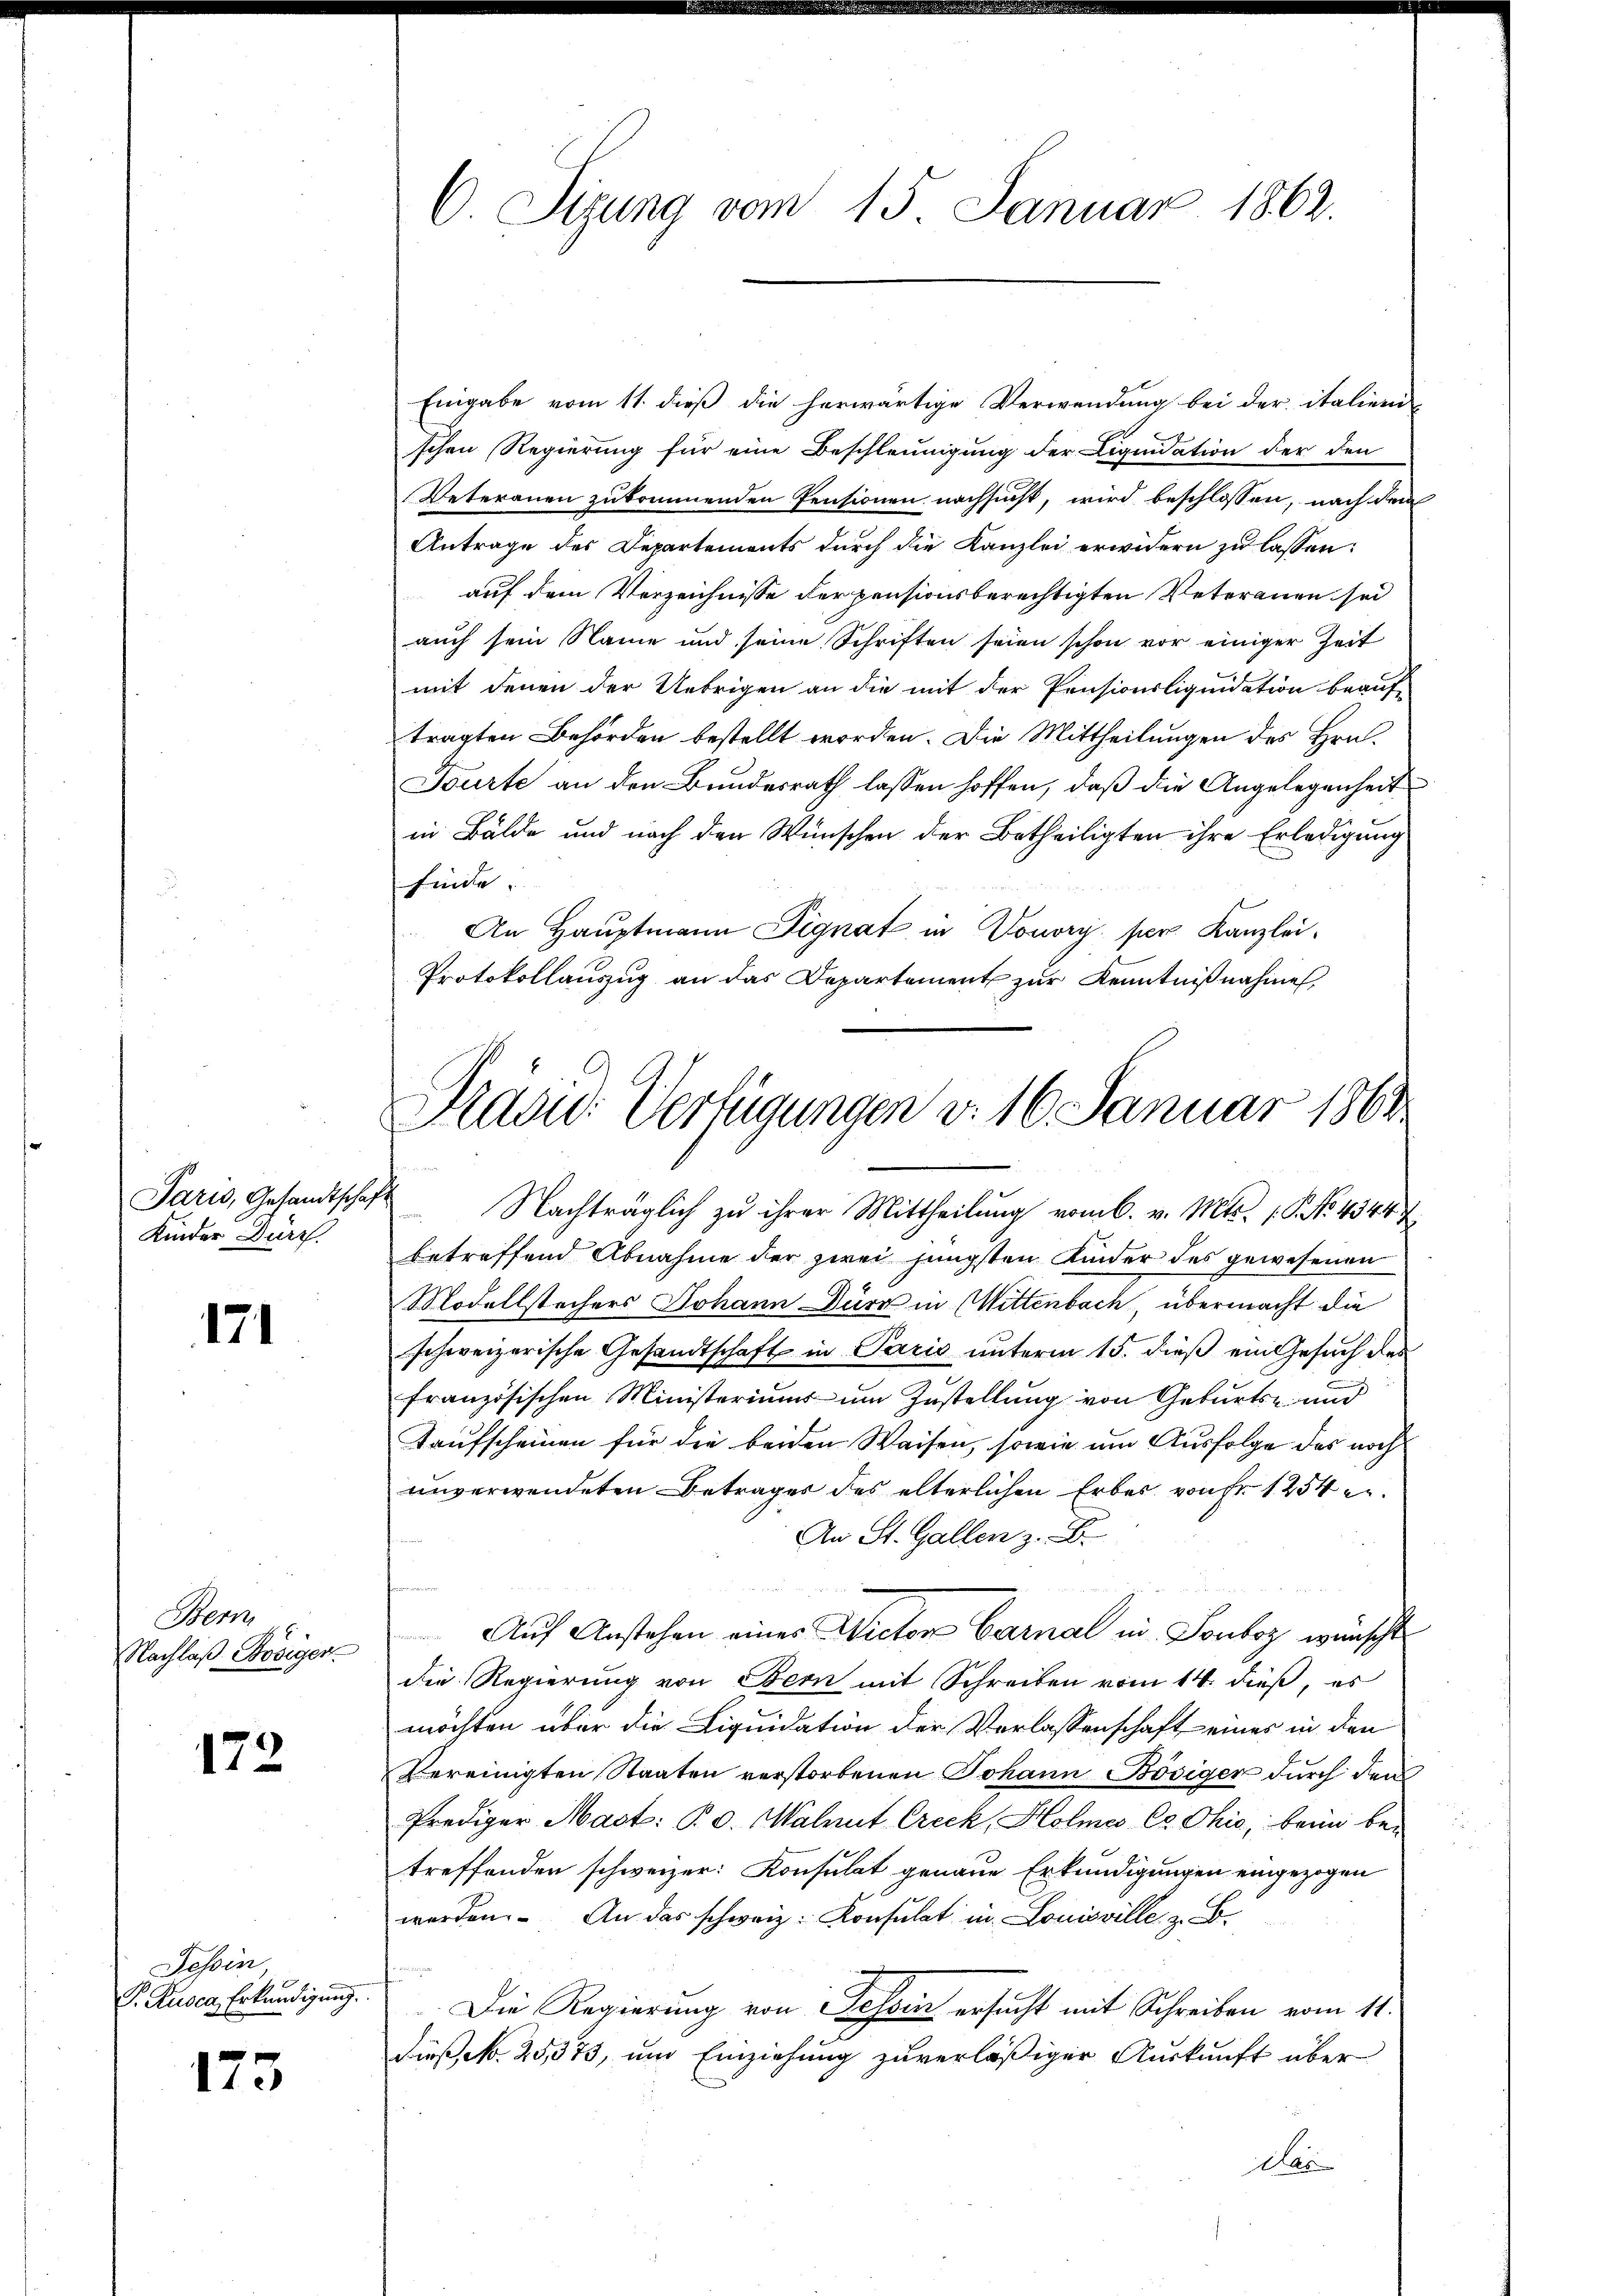
Paris, Gesandtscha
Kinder Durch

171

Bern,
Nachlaß-Kösiger

172

Tessin,
P. Rusca Erkundigung.

173

6 Sizung vom 15. Januar 1862.

Eingabe vom 11. dieß die herwärtige Verwendung bei der italiend
d
schen Regierung für eine Beschleunigung der Liquidation der den
Veteranen zukommenden Pensionen nachsucht, wird beschlossen, nach dem
Antrage des Departements durch die Kanzlei erwidern zu lassen:
auf dem Verzeichnisse der pensionsberechtigten Veterauen sei
auch sein Name und seine Schriften seien schon vor einiger Zeit
mit denen der Uebrigen an die mit der Pensionsliquidation beauf-
tragten Behörden bestellt worden. Die Mittheilungen des Hrn.
Tourte an den Bundesrath lassen hoffen, daß die Angelegenheit
in Bälde und nach den Wünschen der Betheiligten ihre Erledigung
finde.
An Hauptmann Signat in Douvry ser Kanzlei¬
Protokollauszug an das Departement zur Kenntnißnahme,

Praad: Verfügungen v. 16. Januar 1861
 Nachträglich zu ihrer Mittheilung vom 6. v. Mts. 1. No. 43447

betreffend Abnahme der zwei jüngsten Kinder des gewesenen
Modellstechers Johann Dürr in Wittenbach übermacht die
schweizerische Gesandtschaft in Paris unterm 15. dieß ein Gesuch des
französischen Ministerium um Zustellung von Geburts- und
Taufscheinen für die beiden Waisen, sowie um Ausfolge des noch
unverwendeten Betrages des elterlichen Erbes von Fr. 1254 er¬
An St. Gallen z. B.
Auf Anstehen eines Victor Carnal in Souboz wünscht
die Regierung von Bern mit Schreiben vom 14. dieß, es
möchten über die Liquidation der Verlassenschaft eines in den
bereinigten Staaten verstorbenen Johann Bösiger durch den
Prediger Mact: B. d. Malmit Creck, Holme C Ohio, beim betreffenden schweizer: Konsulat genaue Erkundigungen eingezogen
werden. An das schweiz. Konsulat in Louisville z. B.
Die Regierung von Tessin ersucht mit Schreiben vom 11.
dieß, N. 25, 373, um Einziehung zuverläßiger Auskunft über
Das